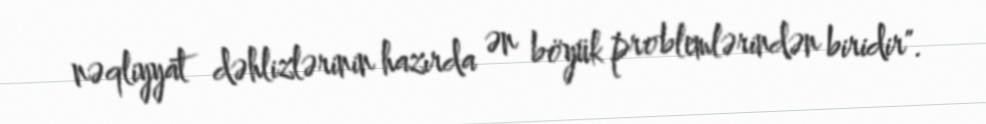
nəqliyyat dəhlizlərinin hazırda ən böyük problemlərindən biridir".